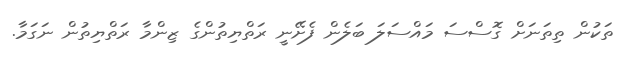
ތަކުން ތިތަނަށް ގޮސްސަ މައްސަލަ ބަލެން ފެށޭނީ ރަތްޔިތުންގެ ޒިންމާ ރަތްޔިތުން ނަގަމާ.